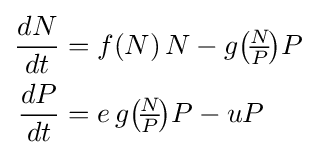
{\begin{aligned}{\frac {dN}{dt}}&=f(N)\,N-g{\left(\!{\tfrac {N}{P}}\!\right)}P\\{\frac {dP}{dt}}&=e\,g{\left(\!{\tfrac {N}{P}}\!\right)}P-uP\end{aligned}}